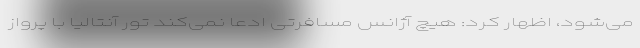
می‌شود، اظهار کرد: هیچ آژانس مسافرتی ادعا نمی‌کند تور آنتالیا با پرواز